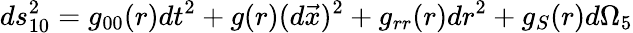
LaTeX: ds_{10}^{2}=g_{00}(r)dt^{2}+g(r)(d\vec{x})^{2}+g_{rr}(r)dr^{2}+g_{S}(r)d\Omega_{5}